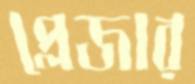
প্লেজার